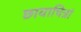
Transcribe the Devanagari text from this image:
छायाचित्रां